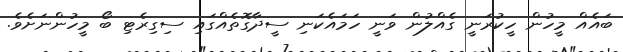
ބައެއް މީހުން ހީކުރަނީ ގެއްލުން ވަނީ ހަމައެކަނި ސީދާގޮތެއްގައި ސިގިރެޓި ބޯ މީހުންނަށެވެ.